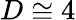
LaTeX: D\cong 4